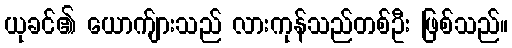
ယုခင်၏ ယောက်ျားသည် လားကုန်သည်တစ်ဦး ဖြစ်သည်။